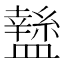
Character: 𥃁